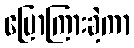
ပြောကြားခဲ့ကာ